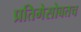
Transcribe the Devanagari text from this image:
प्रतिमेसोबतच